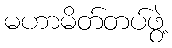
မဟာမိတ်တပ်ဖွဲ့